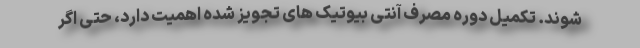
شوند. تکمیل دوره مصرف آنتی بیوتیک های تجویز شده اهمیت دارد، حتی اگر